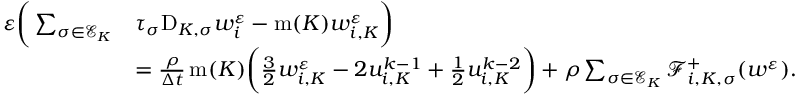
\begin{array} { r l } { \varepsilon \bigg ( \sum _ { \sigma \in { \mathcal E } _ { K } } } & { \tau _ { \sigma } \mathrm { D } _ { K , \sigma } w _ { i } ^ { \varepsilon } - \operatorname { m } ( K ) w _ { i , K } ^ { \varepsilon } \bigg ) } \\ & { = \frac { \rho } { \Delta t } \operatorname { m } ( K ) \bigg ( \frac 3 2 w _ { i , K } ^ { \varepsilon } - 2 u _ { i , K } ^ { k - 1 } + \frac 1 2 u _ { i , K } ^ { k - 2 } \bigg ) + \rho \sum _ { \sigma \in { \mathcal E } _ { K } } { \mathcal F } _ { i , K , \sigma } ^ { + } ( w ^ { \varepsilon } ) . } \end{array}